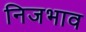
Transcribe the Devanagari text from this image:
निजभाव